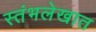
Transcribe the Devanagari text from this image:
स्तंभलेखात